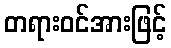
တရားဝင်အားဖြင့်